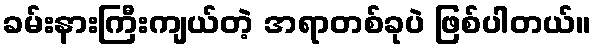
ခမ်းနားကြီးကျယ်တဲ့ အရာတစ်ခုပဲ ဖြစ်ပါတယ်။